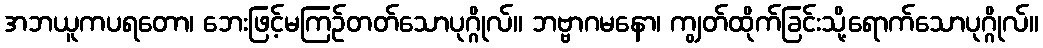
အဘယူကပရတော၊ ဘေးဖြင့်မကြဉ်တတ်သောပုဂ္ဂိုလ်။ ဘဗ္ဗာဂမနော၊ ကျွတ်ထိုက်ခြင်းသို့ရောက်သောပုဂ္ဂိုလ်။